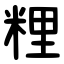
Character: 粴